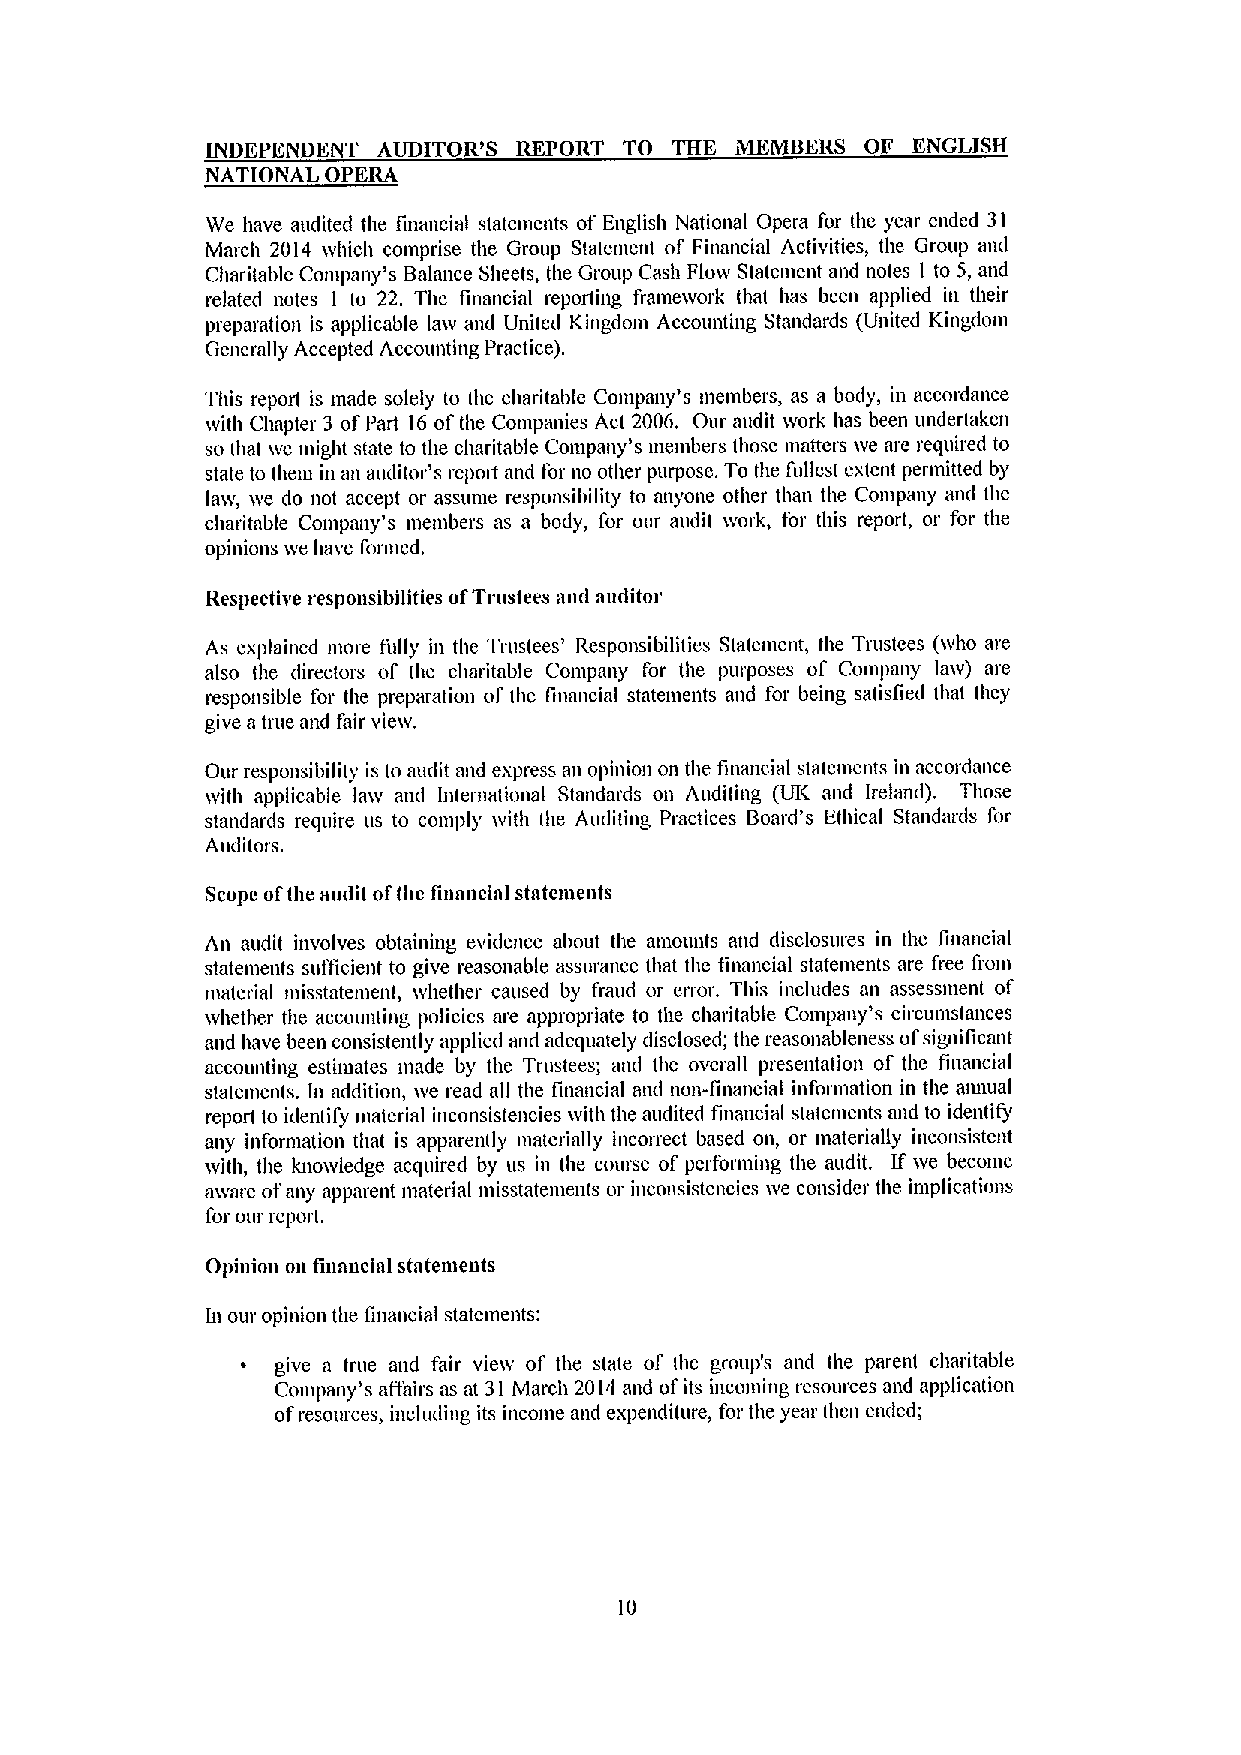
INDEPENDENT AUDITOR'S REPORT TO THE MEMBERS OF ENGLISH
 NATIONAL OPERA
 We have midited the financial statements of English National Opera for the year ended 31
 March 2014 &vhich comprise the Group Statement of Financial Activities, the Group and
 Charitable Company's Balance Sheets, the Group Cash Flow Statement and notes I to 5, and
 related notes I to 22. The financial reporting fraine&vork that has been applied in their
 preparation is applicable law and United Kingdom Accounting Standards (United Kingdoni
 Generally Accepted Accounting Practice).
 This report is made solely to the charitable Compmiy's members, as a body, in accordance
 with Chapter 3 ofPart 16ofthe Companies Act 2006. Our audit ivork has been undertaken
 so that ive might state to the charitable Conipany's members those matters ive are required to
 state to theiu in an auditor's report and for no other purpose. To the fullest extent permitted by
 laiv, ive do not accept or assunie responsibility to anyone other than the Company an&I the
 charitable Company's members as a body, for our audit &vork, for this report, or for the
 opinions ive have formed.
 Respective responsibilities ofTrustees and auditor
 As explained more fully in the Trnstees' Responsibilities Statement, the Trustees (ivho are
 also the directors of the charitable Compmiy for the purposes of Company law) are
 responsible for the preparation of the finmicial statements and for being satisfied that they
 give a true and fair vieiv.
 Our responsibility is to audit mid express mi opinion on the financial statements in accordmice
 with applicable law aml International Standards on Auditing (UK and Ireland). Those
 standards require us to comply with the Auditing Practices Board's Ethical Standards for
 Auditors.
 Scope ofthe audit ofthc Iinancial staten&eats
 An audit involves obtaining evidence about the aniounts and disclosures in the financial
 statements sufficient to give reasonable assurance that the financial statements are fice fiom
 material misstatement, ivhether caused by fraud or error. This includes an assessment of
 ivhether the accounting policies are appropriate to the charitable Company's circumstances
 and have been consistently applied and adequately disclosed; the reasonableness ofsignificant
 accounting estiiuates made by the Trustees; mid the overall presentation ol' the financial
 statements. In addition, we read all the fuiancial an&I non-financial information in the annual
 report to identify material inconsistencies ivith the midited financial statements and to identify
 any information that is apparently materially incorrect based on, or materially inconsistent
 ivith, the kno&vledge acquired by us in the course of performing the midit. If ive become
 a&Yacc ofally appafclrt 01Btcl'ial lllisstBtclllcllts ol' incollsistcnclcs ivc collsi&lcf tlic llllpllcatiolls
 for our report.
 Opinion on financial statements
 In oim opinion the Iillaiicial statements:
 give a true and fair vieiv of the state of the group's and the parent charitable
 Conlpaily s 'iffail's as at 31 March 2014 mid ofits incoming resources and application
 ofresources, including its income and expenditure, for the year then ended;
 10